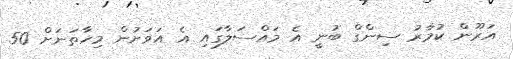
އަރޫން ކުމާރު ސިންގް ބުނީ އެ މައްސަލާގައި އެ އަވަށުން މިހާތަނަށް 50